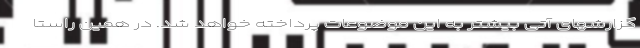
گزارشهای آتی بیشتر به این موضوعات پرداخته خواهد شد. در همین راستا